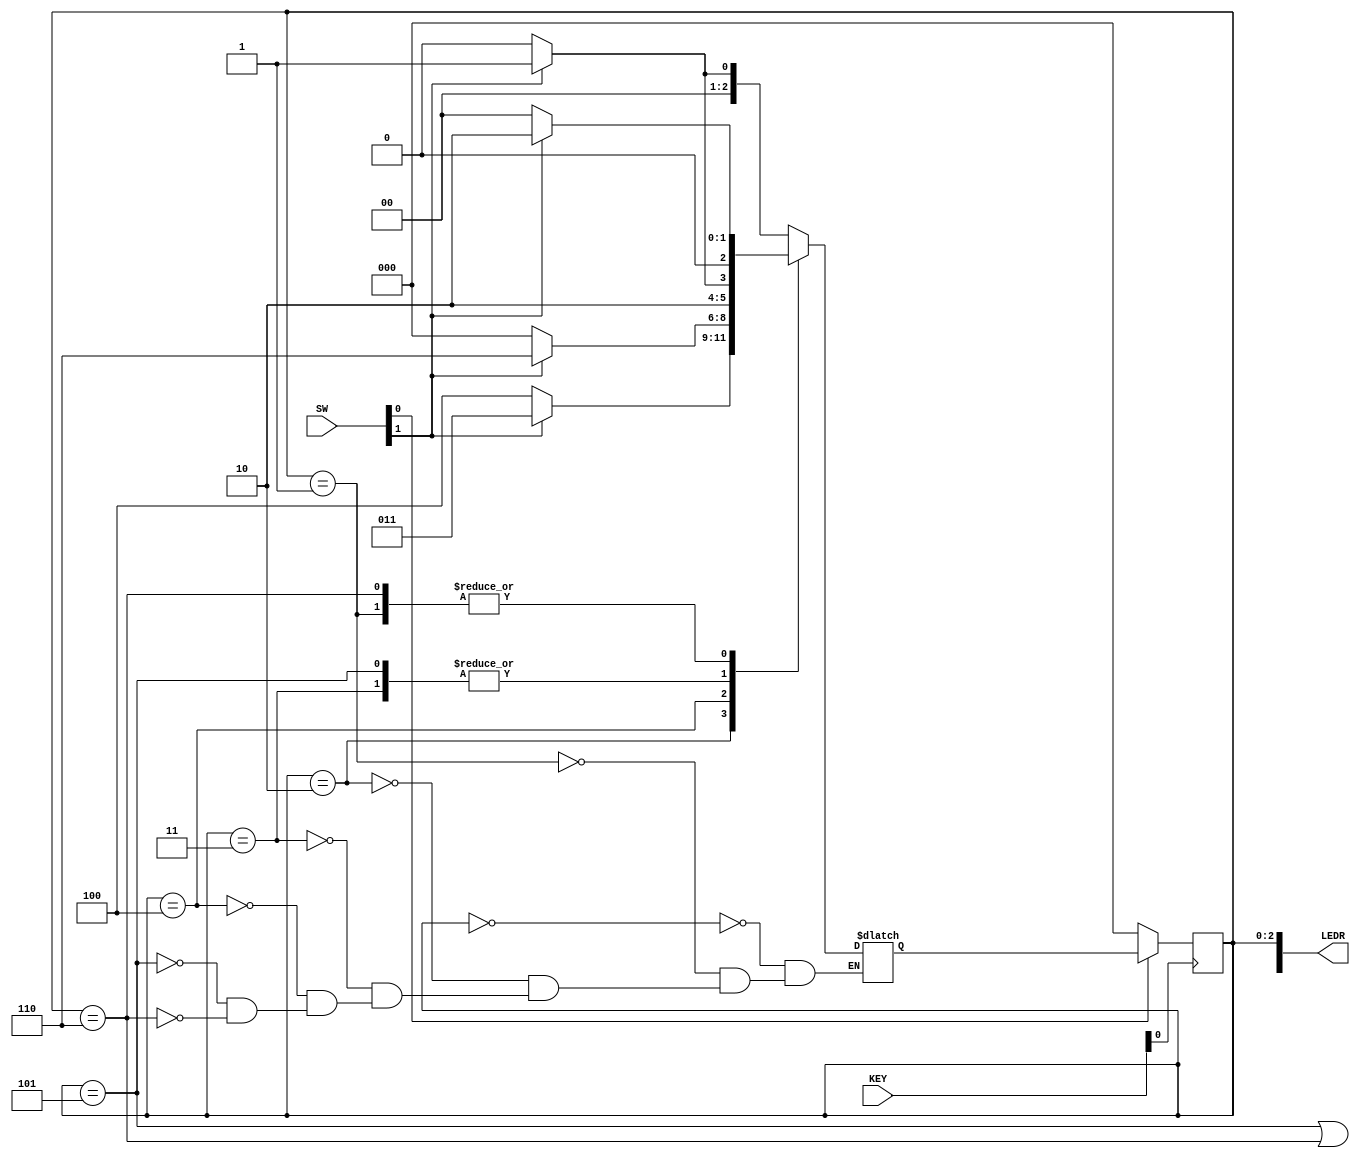

//SW[0]:			reset Signal
//SW[1]:			input signal(w)
//KEY[0]:		clock
//LEDR[2:0]:	current state(
//LEDR[9]:		output(z)


module sequence_detector(SW, KEY, LEDR);
	input [9:0] SW;
	input [3:0] KEY;
	output[9:0] LEDR;
	
	wire w;
	wire clock;
	wire resetn;
	wire z;
	
	reg [2:0] y_q;	//current state
	reg [2:0] y_d;	//next state
	
	//States
	localparam a = 3'b000;
	localparam b = 3'b001;
	localparam c = 3'b010;
	localparam d = 3'b011;
	localparam e = 3'b100;
	localparam f = 3'b101;
	localparam g = 3'b110;
	
	assign w = SW[1];
	assign clock = KEY[0];
	assign resetn = SW[0];
	assign LEDR[2:0] = y_q;
	assign LEDR[9] = z;
	
	always @(*)
		begin
		//State Table
			case (y_q)
				a: begin
						if(!w)
							y_d = a;
						else
							y_d = b;
					end
				b: begin
						if(!w)
							y_d = a;
						else
							y_d = c;
					end
				c: begin
						if(!w)
							y_d = e;
						else
							y_d = d;
					end
				d: begin
						if(!w)
							y_d = e;
						else
							y_d = f;
					end
				e: begin
						if(!w)
							y_d = a;
						else
							y_d = g;
					end
				f: begin
						if(!w)
							y_d = e;
						else
							y_d = f;
					end
				g: begin
						if(!w)
							y_d = a;
						else
							y_d = c;
					end
			endcase
		end
	
	//State Register
	always @(posedge clock)
		begin
			if(resetn == 1'b0)
				y_q <= a;
			else
				y_q <= y_d;
		end
	
	//Output Logic
	assign z = ((y_q == f) ||(y_q == g));
endmodule